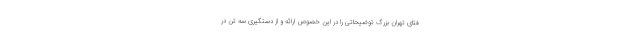
فتای تهران بزرگ توضیحاتی را در این خصوص ارائه و از دستگیری سه تن در